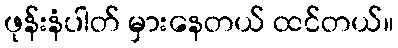
ဖုန်းနံပါတ် မှားနေတယ် ထင်တယ်။